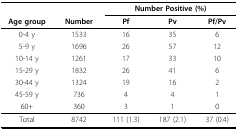
<table><thead><tr><td></td><td></td><td colspan="3"><b>Number Positive (%)</b></td></tr><tr><td><b>Age group</b></td><td><b>Number</b></td><td><b>Pf</b></td><td><b>Pv</b></td><td><b>Pf/Pv</b></td></tr></thead><tbody><tr><td>0-4 y</td><td>1533</td><td>16</td><td>35</td><td>6</td></tr><tr><td>5-9 y</td><td>1696</td><td>26</td><td>57</td><td>12</td></tr><tr><td>10-14 y</td><td>1261</td><td>17</td><td>33</td><td>10</td></tr><tr><td>15-29 y</td><td>1832</td><td>26</td><td>41</td><td>6</td></tr><tr><td>30-44 y</td><td>1324</td><td>19</td><td>16</td><td>2</td></tr><tr><td>45-59 y</td><td>736</td><td>4</td><td>4</td><td>1</td></tr><tr><td>60+</td><td>360</td><td>3</td><td>1</td><td>0</td></tr><tr><td>Total</td><td>8742</td><td>111 (1.3)</td><td>187 (2.1)</td><td>37 (0.4)</td></tr></tbody></table>